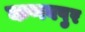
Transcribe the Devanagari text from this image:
कणवपुर